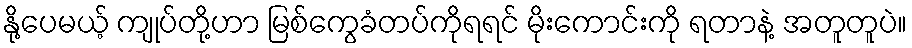
နို့ပေမယ့် ကျုပ်တို့ဟာ မြစ်ကွေခံတပ်ကိုရရင် မိုးကောင်းကို ရတာနဲ့ အတူတူပဲ။